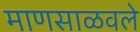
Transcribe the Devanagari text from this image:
माणसाळवले